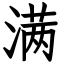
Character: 满